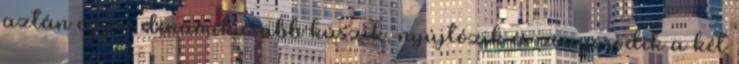
aztán egyre dinamikusabb kúszik, nyújtózik és zsugorodik a két